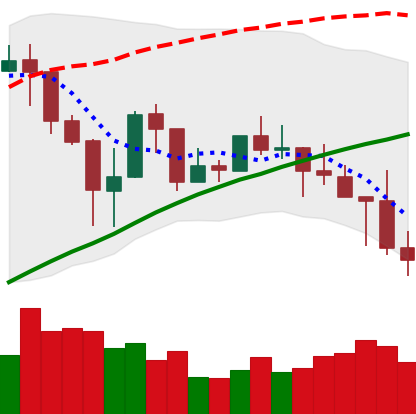
Ticker: LINK-USD
Chart end date: 2019-04-26
Forward return: 8.949%
Label: up_7plus